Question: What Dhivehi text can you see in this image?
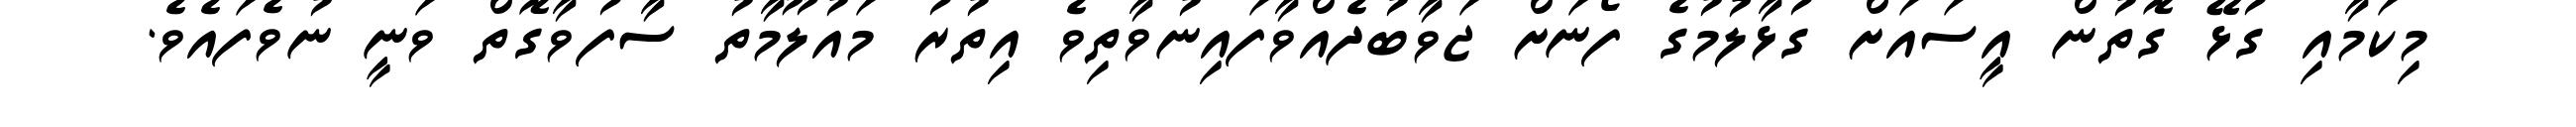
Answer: މިކަމާއި ގުޅޭ ގޮތުން އީސައަށް ގުޅާލުމުގެ ފޯނަށް ޖަވާބުދެއްވާފައިނުވާތިވެ އިތުރު މައުލޫމާތު ސާފުވާގޮތް ވަނީ ނުވެފައެވެ.